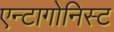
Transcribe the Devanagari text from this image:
एन्टागोनिस्ट